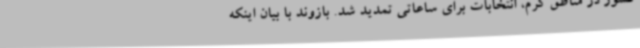
کشور در مناطق گرم، انتخابات برای ساعاتی تمدید شد. بازوند با بیان اینکه